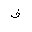
Letter: _fa